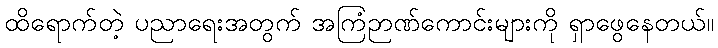
ထိရောက်တဲ့ ပညာရေးအတွက် အကြံဉာဏ်ကောင်းများကို ရှာဖွေနေတယ်။